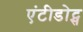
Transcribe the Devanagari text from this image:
एंटीडोट्स